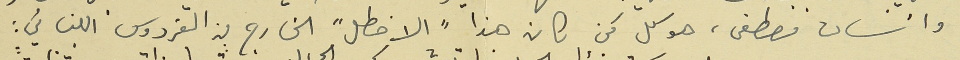
وانسان مصطفى، هو كل مَن كان هذا "الاخطل" الخارج من الفردوس اللبناني :